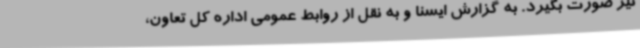
نیز صورت بگیرد. به گزارش ایسنا و به نقل از روابط عمومی اداره کل تعاون،